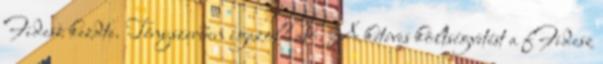
Fidesz kezdte. Tényszerűen igazolható. A kétéves költségvetést a fFidesz